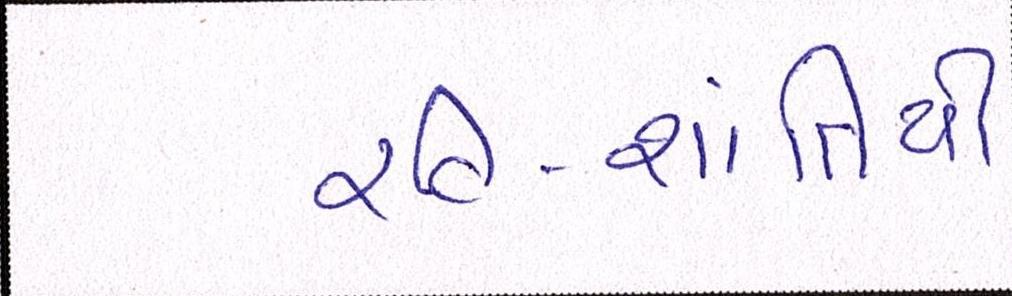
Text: રવિ-શાંતિથી